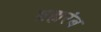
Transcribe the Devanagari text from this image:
ब्रह्मरंब